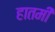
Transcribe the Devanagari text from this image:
हातमी